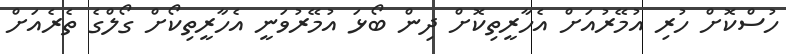
ހުސްކޮށް ހުރި އުމޭރުއަށް އެހާރީތިކޮށް ދިން ބޯޅަ އުމޭރުވަނީ އެހާރީތިކޯށް ގޯލްގެ ތެރެއަށް